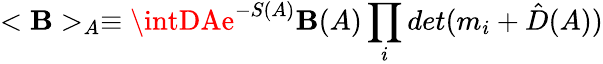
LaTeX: <\mathbf{B}>_{A}\equiv\intDAe^{-S(A)}\mathbf{B}(A)\prod_{i}det(m_{i}+\hat{{D}}(A))